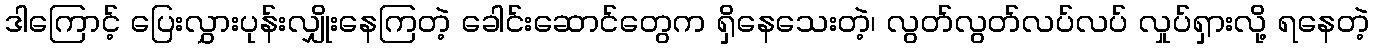
ဒါကြောင့် ပြေးလွှားပုန်းလျှိုးနေကြတဲ့ ခေါင်းဆောင်တွေက ရှိနေသေးတဲ့၊ လွတ်လွတ်လပ်လပ် လှုပ်ရှားလို့ ရနေတဲ့